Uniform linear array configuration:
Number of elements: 4
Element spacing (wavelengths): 1
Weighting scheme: hann
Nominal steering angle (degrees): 60
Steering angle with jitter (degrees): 60.428
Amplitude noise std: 0.05
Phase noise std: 0.05

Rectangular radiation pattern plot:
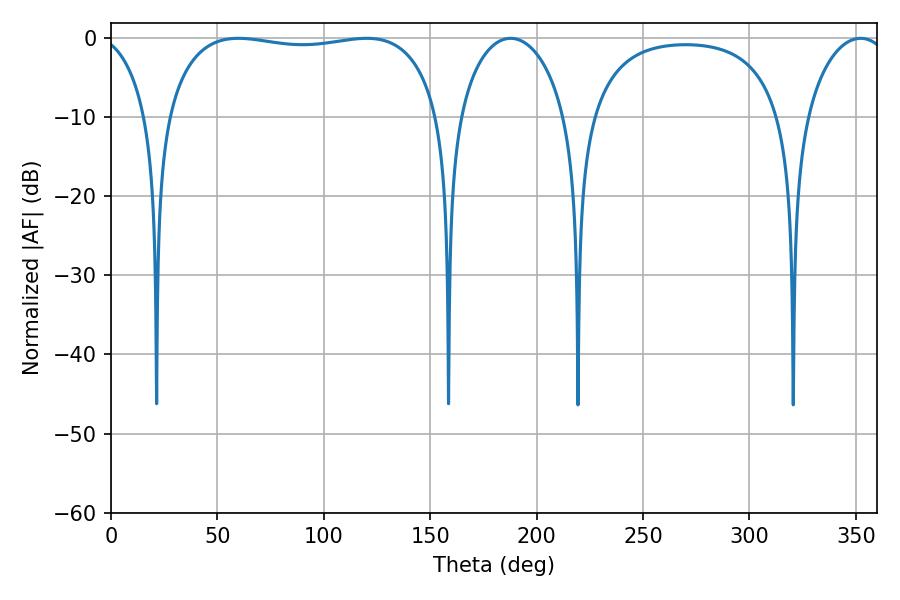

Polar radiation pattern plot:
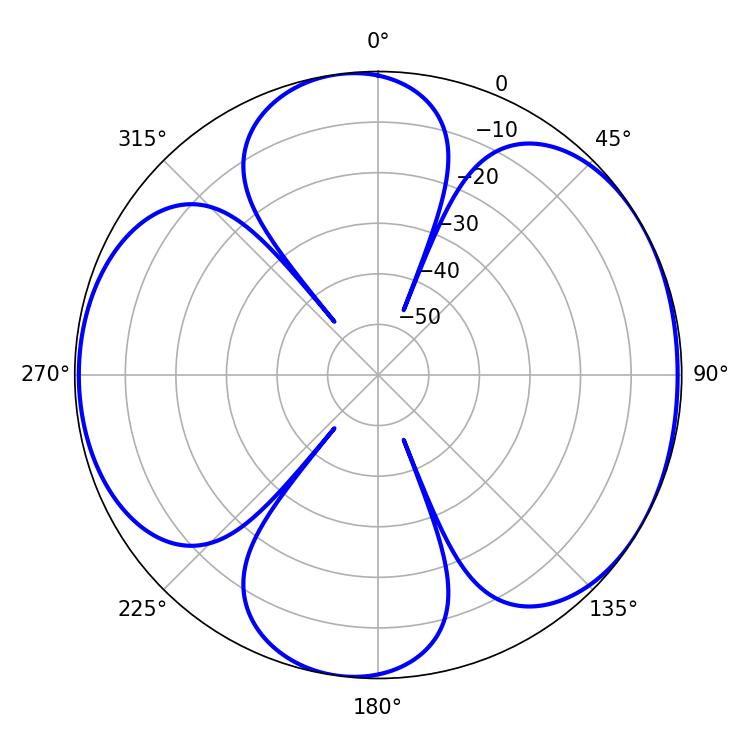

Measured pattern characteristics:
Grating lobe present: TRUE
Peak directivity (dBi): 6.014
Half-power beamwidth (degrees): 28.98
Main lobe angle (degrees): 187.74